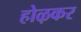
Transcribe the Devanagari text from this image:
होऴकर